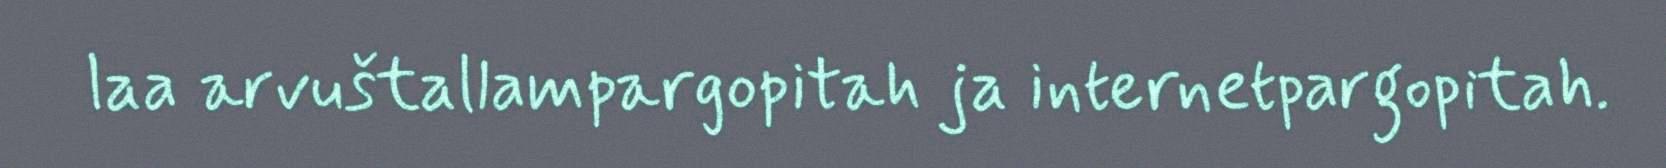
laa arvuštallampargopitah ja internetpargopitah.